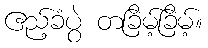
ဧည့်ခံပွဲ တခြိမ့်ခြိမ့်။